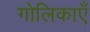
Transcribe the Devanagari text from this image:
गोलिकाएँ